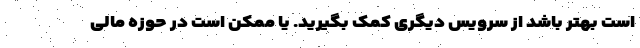
است بهتر باشد از سرویس دیگری کمک بگیرید. یا ممکن است در حوزه مالی